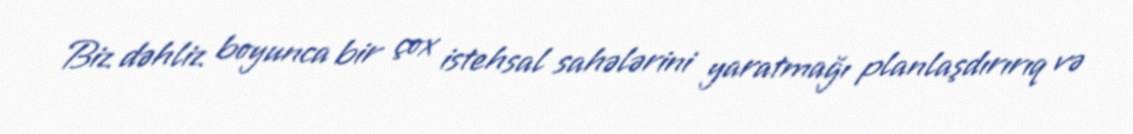
Biz dəhliz boyunca bir çox istehsal sahələrini yaratmağı planlaşdırırıq və